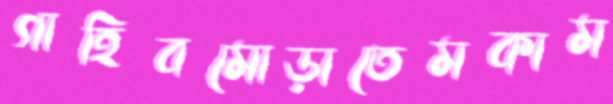
গাহিবমোড়াতেমকাম